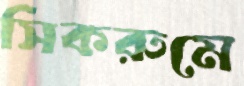
সিকরুমে